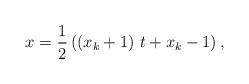
LaTeX: \begin{align*}x = \frac{1}{2}\left( {\left( {x_{k} + 1} \right)\,t + x_{k} - 1} \right),\end{align*}